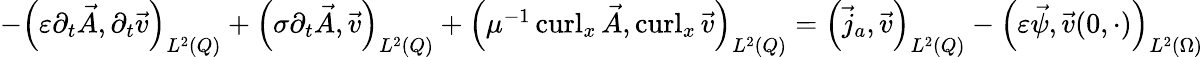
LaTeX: \begin{array}{r}{-\left(\varepsilon\partial_{t}\vec{A},\partial_{t}\vec{v}\right)_{L^{2}(Q)}+\left(\sigma\partial_{t}\vec{A},\vec{v}\right)_{L^{2}(Q)}+\left(\mu^{-1}\operatorname{curl}_{x}\vec{A},\operatorname{curl}_{x}\vec{v}\right)_{L^{2}(Q)}=\left(\vec{j}_{a},\vec{v}\right)_{L^{2}(Q)}-\left(\varepsilon\vec{\psi},\vec{v}(0,\cdot)\right)_{L^{2}(\Omega)}}\end{array}